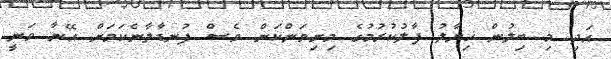
އަދި މި ބިލުން ޚިޔާލު ފާލުކުރުމުގެ މިނިވަންކަން ވެސް ފުނޑާލާނެކަމަށް އޭނާ ވަނީ